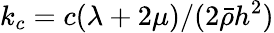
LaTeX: k_{c}=c(\lambda+2\mu)/(2\bar{\rho}h^{2})